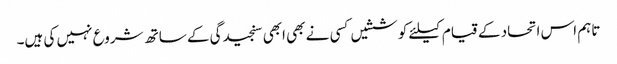
تاہم اس اتحاد کے قیام کیلئے کوششیں کسی نے بھی ابھی سنجیدگی کے ساتھ شروع نہیں کی ہیں۔